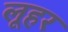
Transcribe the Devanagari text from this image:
लूहर